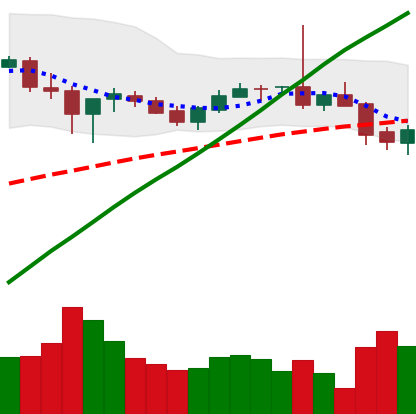
Ticker: BTC-USD
Chart end date: 2017-07-12
Forward return: -7.105%
Label: down_7plus